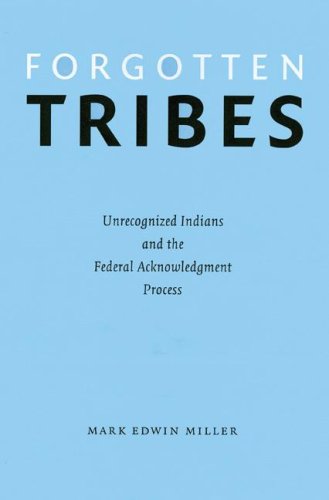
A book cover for Forgotten Tribes: Unrecognized Indians and the Federal Acknowledgment Process; Mark Edwin Miller; Law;